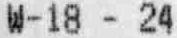
W-18 - 24